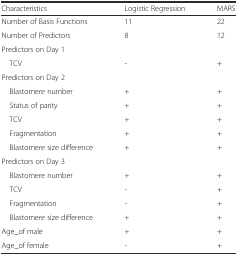
<table><thead><tr><td><b>Characteristics</b></td><td><b>Logistic Regression</b></td><td><b>MARS</b></td></tr></thead><tbody><tr><td>Number of Basis Functions</td><td>11</td><td>22</td></tr><tr><td>Number of Predictors</td><td>8</td><td>12</td></tr><tr><td colspan="3">Predictors on Day 1</td></tr><tr><td> TCV</td><td>-</td><td>+</td></tr><tr><td colspan="3">Predictors on Day 2</td></tr><tr><td> Blastomere number</td><td>+</td><td>+</td></tr><tr><td> Status of parity</td><td>+</td><td>+</td></tr><tr><td> TCV</td><td>+</td><td>+</td></tr><tr><td> Fragmentation</td><td>+</td><td>+</td></tr><tr><td> Blastomere size difference</td><td>+</td><td>+</td></tr><tr><td colspan="3">Predictors on Day 3</td></tr><tr><td> Blastomere number</td><td>+</td><td>+</td></tr><tr><td> TCV</td><td>-</td><td>+</td></tr><tr><td> Fragmentation</td><td>-</td><td>+</td></tr><tr><td> Blastomere size difference</td><td>+</td><td>+</td></tr><tr><td>Age_of male</td><td>+</td><td>+</td></tr><tr><td>Age_of female</td><td>-</td><td>+</td></tr></tbody></table>